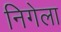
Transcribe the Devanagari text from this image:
निगेला